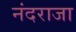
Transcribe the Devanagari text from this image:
नंदराजा